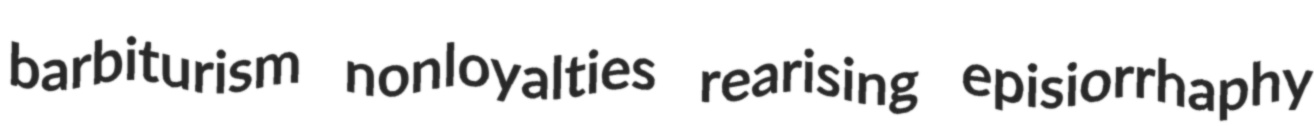
barbiturism nonloyalties rearising episiorrhaphy